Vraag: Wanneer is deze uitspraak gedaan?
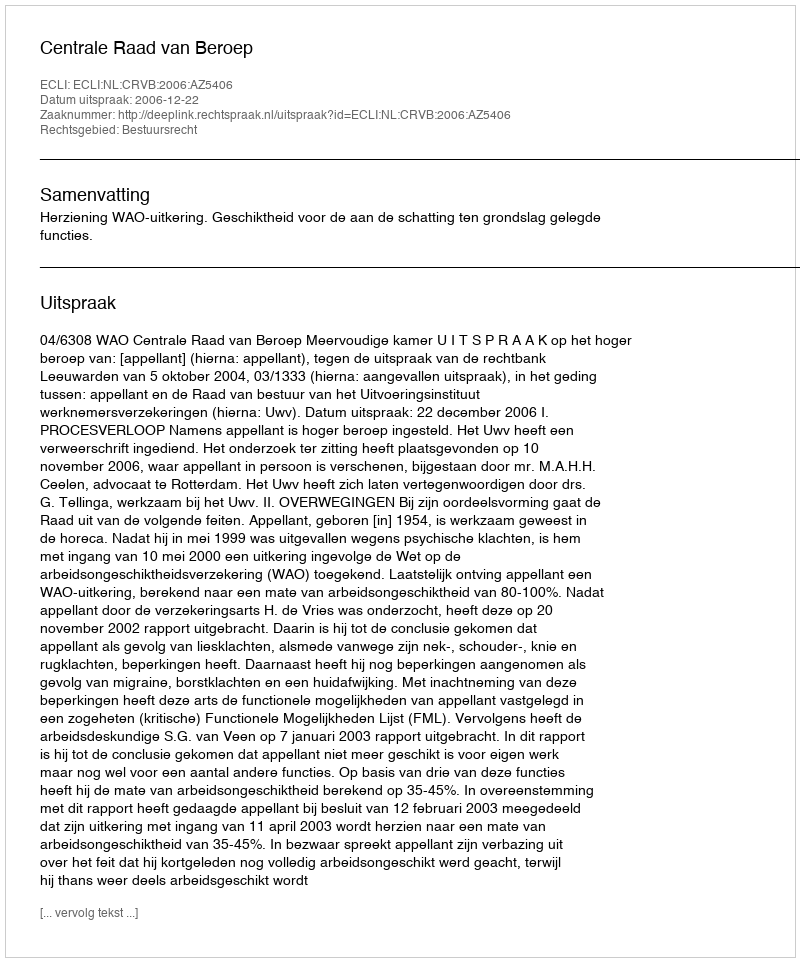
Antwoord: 2006-12-22